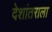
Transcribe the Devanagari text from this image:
देशांतराला